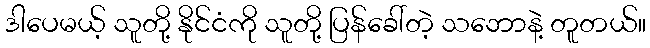
ဒါပေမယ့် သူတို့ နိုင်ငံကို သူတို့ ပြန်ခေါ်တဲ့ သဘောနဲ့ တူတယ်။